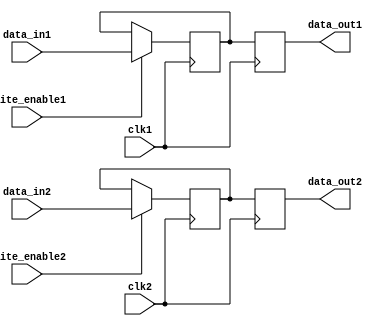
module dual_port_register (
   input wire clk1, // Clock input for register 1
   input wire clk2, // Clock input for register 2
   input wire [7:0] data_in1, // Data input for register 1
   input wire [7:0] data_in2, // Data input for register 2
   input wire write_enable1, // Write enable for register 1
   input wire write_enable2, // Write enable for register 2
   output reg [7:0] data_out1, // Data output for register 1
   output reg [7:0] data_out2 // Data output for register 2
);

reg [7:0] register1;
reg [7:0] register2;

always @(posedge clk1) begin
   if (write_enable1) begin
      register1 <= data_in1;
   end
   data_out1 <= register1;
end

always @(posedge clk2) begin
   if (write_enable2) begin
      register2 <= data_in2;
   end
   data_out2 <= register2;
end

endmodule